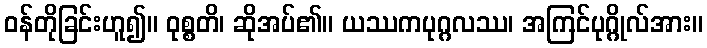
ဝန်တိုခြင်းဟူ၍။ ဝုစ္စတိ၊ ဆိုအပ်၏။ ယဿကပုဂ္ဂလဿ၊ အကြင်ပုဂ္ဂိုလ်အား။